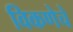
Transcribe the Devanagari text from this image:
विकणेचे